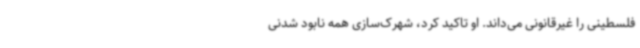
فلسطینی را غیرقانونی می‌داند. او تاکید کرد، شهرک‌سازی همه نابود شدنی